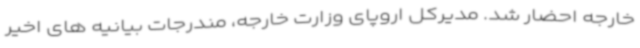
خارجه احضار شد. مدیرکل اروپای وزارت خارجه، مندرجات بیانیه های اخیر